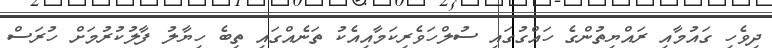
ދިވެހި ގައުމާއި ރައްޔިތުންގެ ހައްގުގައި ސުލްހަވެރިކަމާއިއެކު ތަނެއްގައި ތިބެ ހިޔާލު ފާލުކުރުމަށް ހުރަސް